Report on sanitation, dispensaries, and jails in Rajputana for 1913, and on vaccination for the year 1913-1914 - 1913-1914
Year: 1913
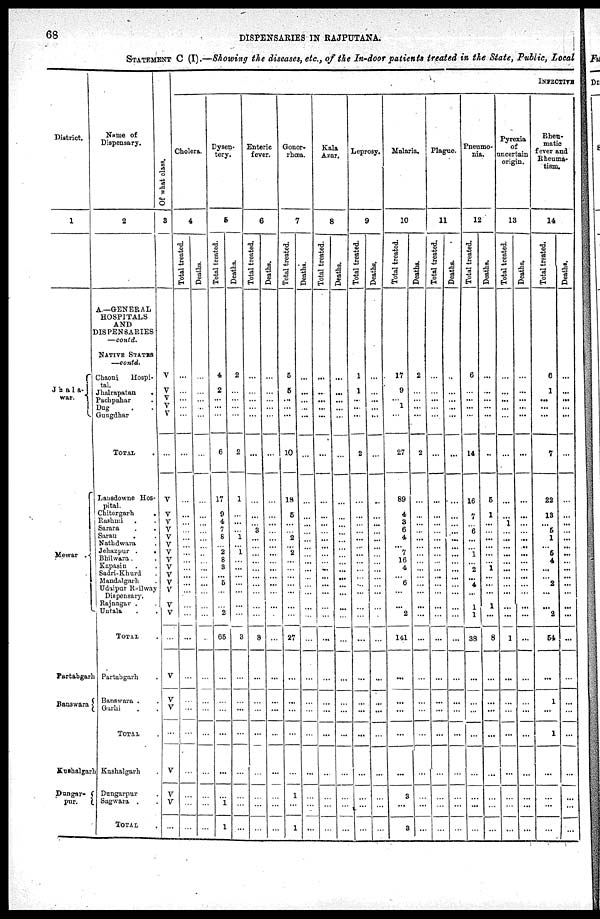
68
DISPENSARIES IN RAJPUTANA.
STATEMENT C (I).—Showing the diseases, etc., of the In-door patients treated in the State, Public, Local
District.
1
Jhala¬
war.
Mewar
Partabgarh
Banswara
Kushalgarh
Duagar¬
pur.
Name of
Dispensary.
2
A.—GENERAL
HOSPITALS
AND
DISPENSARIES
—contd.
NATIVE STATES
—contd.
Chaoni Hospi-
tal.
Jhalrapatan
.
Pachpahar .
Dug . .
Gungdhar
TOTAL .
Lansdowne Hos-
pital.
Chitorgarh
.
Rashmi .
Sarara . .
Saran
. .
Nathdwara .
Jehazpur .
.
Bhilwara. .
Kapasin . .
Sadri-Khurd .
Mandalgarh .
Udaipur Railway
Dispensary.
Rajnagar . .
Untala . .
TOTAL .
Partabgarh .
Banswara . .
Garhi . .
TOTAL .
Kushalgarh .
Dungarpur .
Sagwara . .
TOTAL .
Of what class.
3
V
V
V
V
V
...
V
V
V
V
V
V
V
V
V
V
V
V
V
V
...
V
V
V
...
V
V
V
...
INFECTIVE
Cholera.
4
Total treated.
...
...
...
...
...
...
...
...
...
...
...
...
...
...
...
...
...
...
...
...
...
...
...
...
...
...
...
...
...
Deaths.
...
...
...
...
...
...
...
...
...
...
...
...
...
...
...
...
...
...
...
...
...
...
...
...
...
...
...
...
...
Dysen-
tery.
5
Total treated.
4
2
...
...
...
6
17
9
4
7
8
...
2
8
3
...
5
...
...
2
65
...
...
...
...
...
...
1
1
Deaths.
2
...
...
...
...
2
1
...
... ...
1
...
1
...
...
...
...
...
...
...
3
...
...
...
...
...
...
...
...
Enteric
fever.
6
Total treated.
...
...
...
...
...
...
...
...
...
3
...
...
...
...
...
...
...
...
...
...
8
...
...
...
...
...
...
...
...
Deaths.
...
...
...
...
...
...
...
...
...
...
...
...
...
...
...
...
...
...
...
...
...
...
...
...
...
...
...
...
...
Gonor-
rhœa.
7
Total treated.
5
5
...
...
...
10
18
5
...
...
2
...
2
...
...
...
...
...
...
...
27
...
...
...
...
...
1
...
1
Deaths.
...
...
...
...
...
...
...
...
...
...
...
...
...
...
...
...
...
...
...
...
...
...
...
...
...
...
...
...
...
Kala
Azar.
8
Total treated.
...
...
...
...
...
...
...
...
...
...
... ...
...
...
...
...
...
...
...
...
...
...
...
...
...
...
...
...
...
Deaths.
...
...
...
...
...
...
...
...
... ...
... ...
...
...
...
...
...
...
...
...
...
...
...
...
...
...
...
...
...
Leprosy.
9
Total treated.
1
1
...
...
...
2
...
...
...
...
...
...
...
...
...
...
...
...
...
...
...
...
...
...
...
...
...
...
...
Deaths.
...
...
...
...
...
...
...
...
...
...
...
...
...
...
...
...
...
...
...
...
...
...
...
...
...
...
...
...
...
Malaria.
10
Total treated.
17
9
...
1
...
27
89
4
3
6
4
...
7
16
4
...
6
...
...
2
141
...
...
...
...
...
3
...
3
Deaths.
2
...
...
...
...
2
...
...
...
...
...
...
...
...
...
...
...
...
...
...
...
...
...
...
1
...
...
...
|...
Plague.
11
Total treated.
...
...
...
...
...
...
...
...
...
...
...
...
...
...
...
...
...
...
...
...
...
...
...
...
...
...
...
...
...
Deaths.
..
...
...
...
...
...
...
...
...
...
... ...
...
...
...
...
...
...
...
...
...
...
...
...
...
...
...
...
...
Pneumo-
nia.
12
Total treated.
6
...
...
...
...
14
16
7
...
6
...
...
1
...
2
...
4
...
1
1
38
...
...
...
...
...
...
...
...
Deaths.
...
...
...
...
...
..
5
1
...
...
...
...
...
...
1
...
...
...
1
...
8
...
...
...
...
...
...
...
...
Pyrexia
of
uncertain
origin.
13
Total treated.
...
...
...
...
...
...
...
...
1
...
...
...
...
...
...
...
...
...
...
...
1
...
...
...
...
...
...
...
...
Deaths.
...
...
...
...
...
...
...
...
...
...
...
...
...
...
...
...
...
...
...
...
...
...
...
...
...
...
...
...
...
Rheu-
matic
fever and
Rheuma-
tism.
14
Total treated.
6
1
...
...
...
7
22
13
...
5
1
...
5
4
...
...
2
...
...
2
54
...
1
...
1
...
...
...
...
Deaths.
...
...
...
...
...
...
...
...
...
...
...
...
...
...
...
...
...
...
...
...
...
...
...
...
...
...
...
...
...